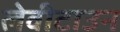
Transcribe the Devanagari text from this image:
लेवीटाउन